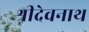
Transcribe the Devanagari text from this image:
श्रीदेवनाथ